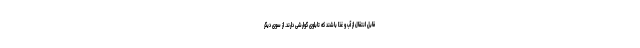
قابل انتقال از آب و غذا باشند که تابلوی گوارشی دارند. از سوی دیگر